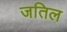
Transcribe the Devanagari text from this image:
जतिल